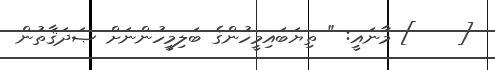
[    ] މާނައީ: " ތިޔަބައިމީހުންގެ ބަލިމީހުންނަށް ޞަދަޤާތުން